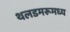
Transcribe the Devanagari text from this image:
थलडमरूमध्य